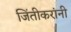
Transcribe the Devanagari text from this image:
जिंतीकरांनी